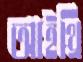
আইথ্রি